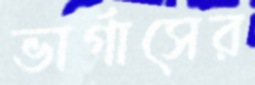
ভার্গাসের